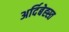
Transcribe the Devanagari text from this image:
अर्दिबेह्स्त